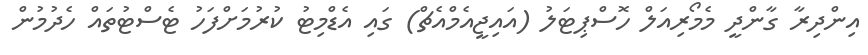
އިންދިރާ ގާންދީ މެމޯރިއަލް ހޮސްޕިޓަލު (އައިޖީއެމްއެޗް) ގައި އެޑްމިޓު ކުރުމަށްފަހު ޓެސްޓުތައް ހެދުމުން